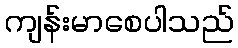
ကျန်းမာစေပါသည်